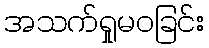
အသက်ရှုမဝခြင်း